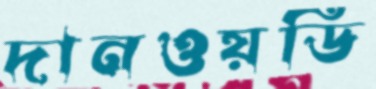
দানওয়ডি